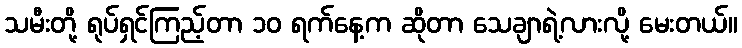
သမီးတို့ ရုပ်ရှင်ကြည့်တာ ၁၀ ရက်နေ့က ဆိုတာ သေချာရဲ့လားလို့ မေးတယ်။